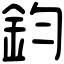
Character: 鈞